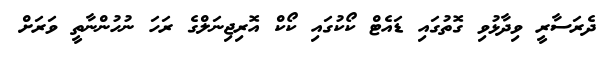
ދެރަސާރީ ވިދާޅުވި ގޮތުގައި ޑައެޓް ކޯކުގައި ކޯކް އޮރިޖިނަލްގެ ރަހަ ނުހުންނާތީ ވަރަށް